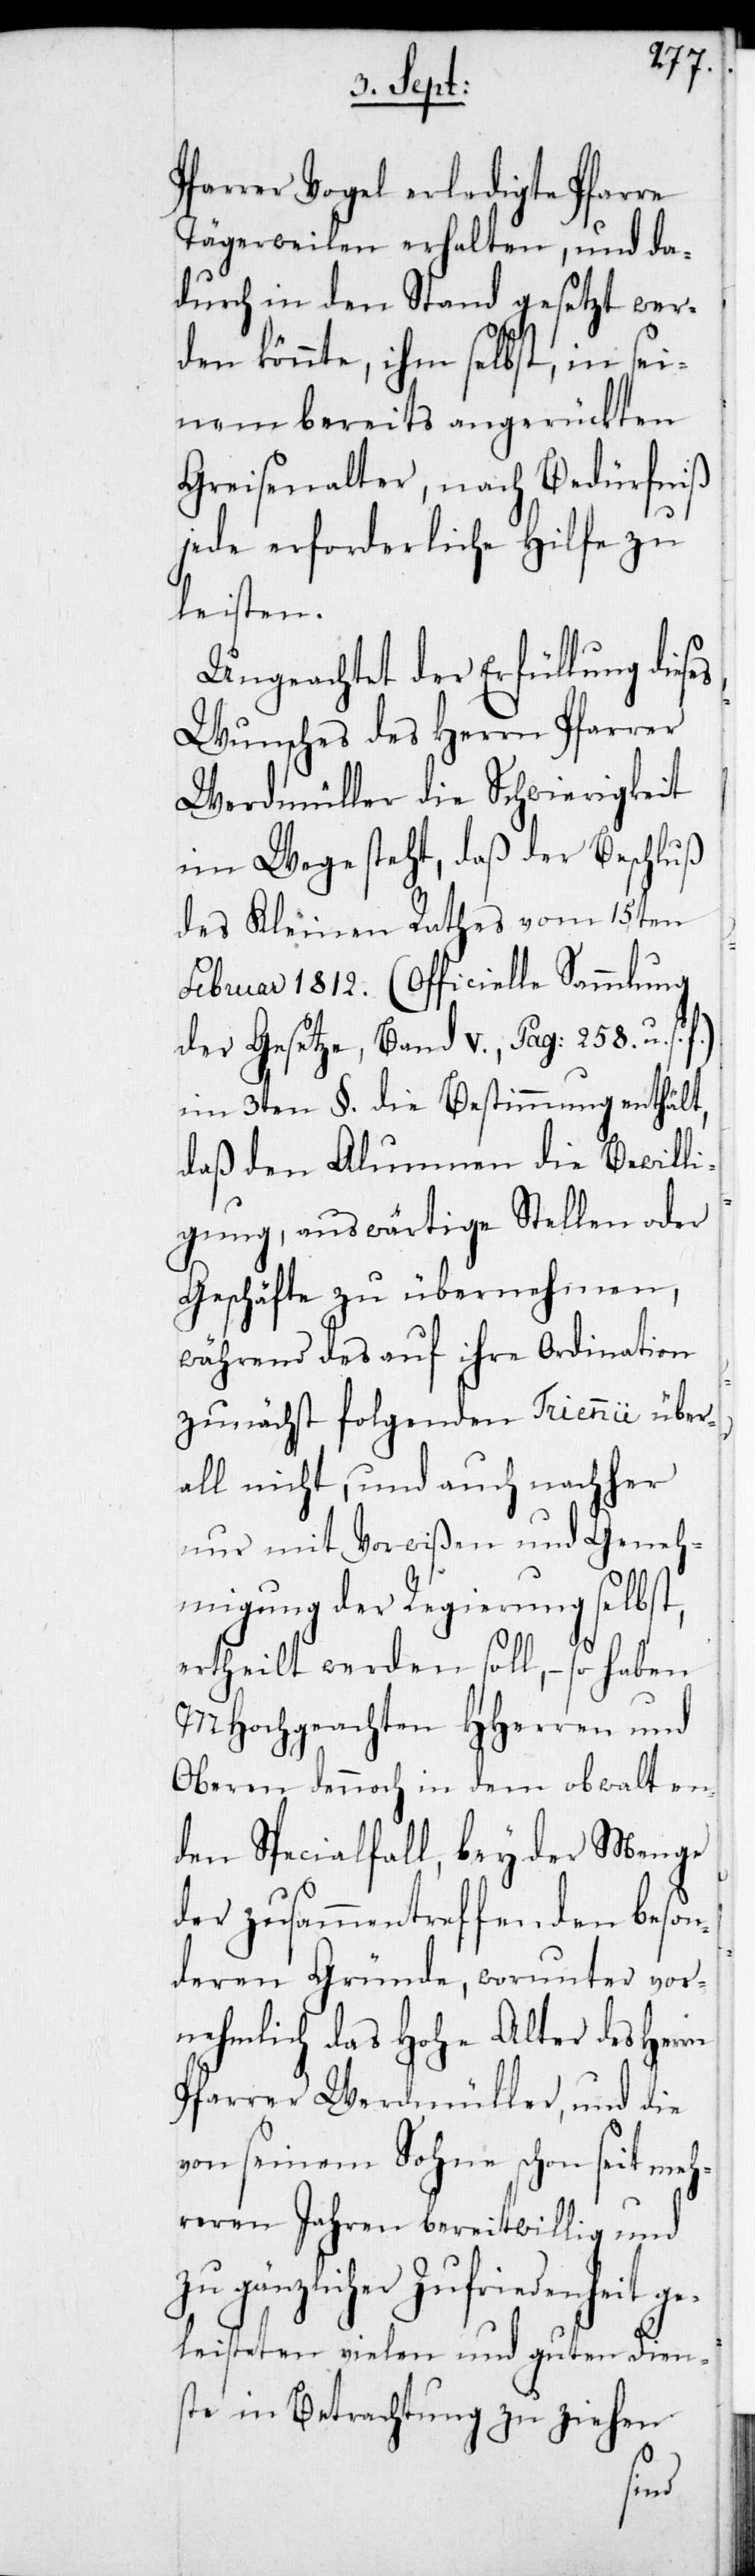
Pfarrer Vogel erledigte Pfarre
Tägerwilen erhalten, und da¬
durch in den Stand gesetzt wer¬
den könnte, ihm selbst, in sei¬
nem bereits angerückten
Greisenalter, nach Bedürfniß
jede erforderliche Hilfe zu
leisten.
Ungeachtet der Erfüllung dieses
Wunsches des Herrn Pfarrer
Werdmüller die Schwierigkeit
im Wege steht, daß der Beschluß
des Kleinen Rathes vom 15ten
Februar 1812. (Officielle Sammlung
der Gesetze, Band V., Pag: 258. u. s.
im 3ten §. die Bestimmung enthält,
daß den Alumnen die Bewilli¬
gung, auswärtige Stellen oder
Geschäfte zu übernehmen,
während des auf ihre Ordination
zunächst folgenden Triennii über¬
all nicht, und auch nachher
nur mit Vorwißen und Geneh¬
migung der Regierung selbst,
ertheilt werden soll, – so haben
MHochgeachten HHerren und
Oberen dennoch in dem obwalten¬
den Speciallfall, bey der Menge
der zusammentreffenden beson¬
deren Gründe, worunter vor¬
nehmlich das Hohe Alter des Herrn
Pfarrer Werdmüller, und die
von seinem Sohne schon seit meh¬
reren Jahren bereitwillig und
zu gänzlicher Zufriedenheit ge¬
leisteten vielen und guten Dien¬
ste in Betrachtung zu ziehen